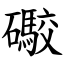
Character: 礮